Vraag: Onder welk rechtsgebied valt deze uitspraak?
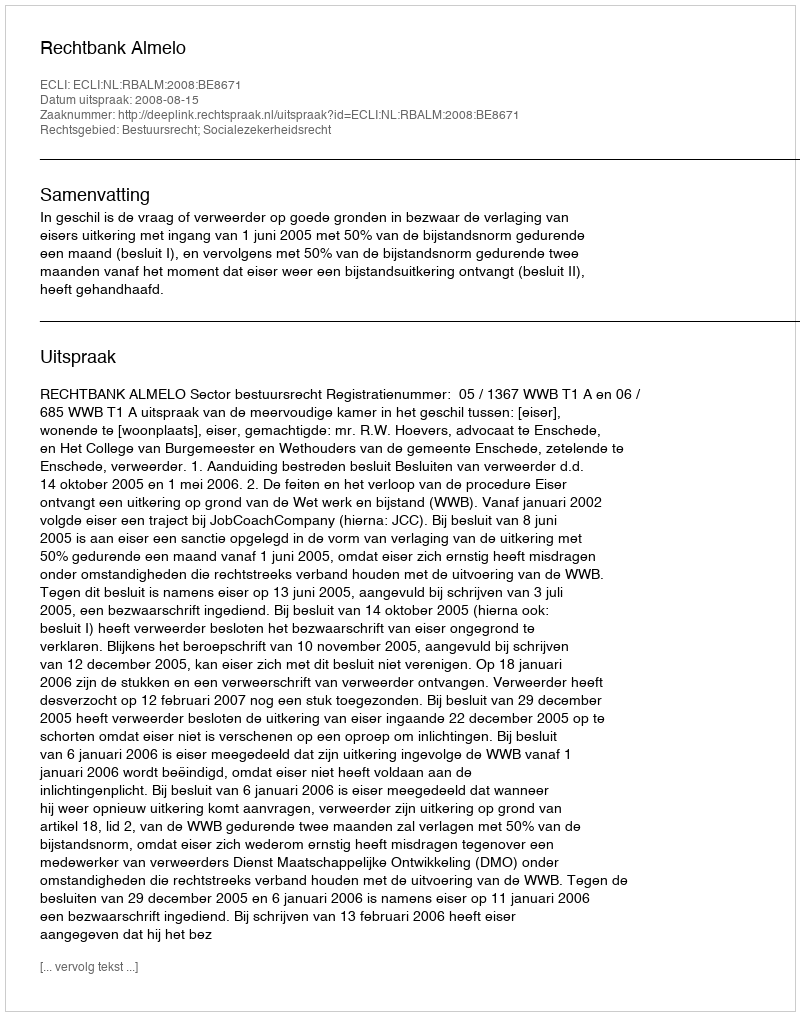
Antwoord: Bestuursrecht; Socialezekerheidsrecht